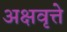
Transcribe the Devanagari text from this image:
अक्षवृत्ते